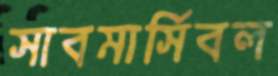
সাবমার্সিবল